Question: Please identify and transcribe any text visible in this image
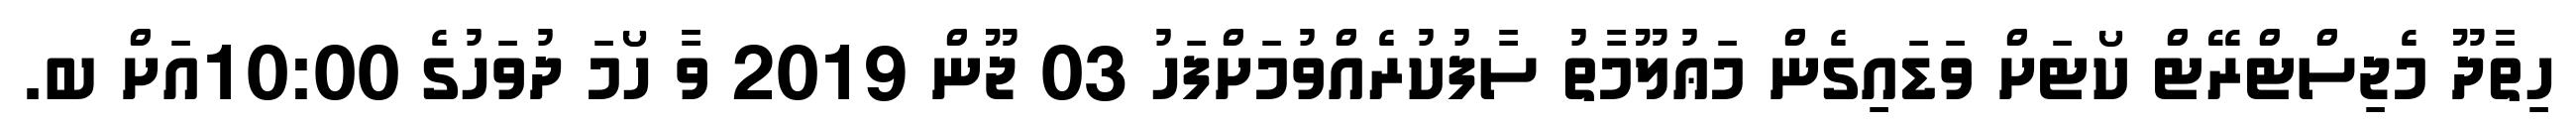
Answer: ހިތާދޫ މެޖިސްޓްރޭޓް ކޯޓަށް ވަޑައިގެން މަޢުލޫމާތު ސާފުކުރެއްވުމަށްފަހު 03 ޖޫން 2019 ވާ ހޯމަ ދުވަހުގެ 10:00އަށް ބ.